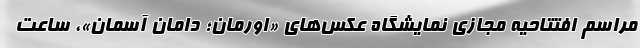
مراسم افتتاحیه مجازی نمایشگاه عکس‌های «اورمان؛ دامان آسمان»، ساعت